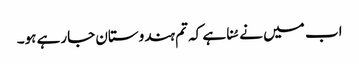
اب میں نے سُنا ہے کہ تم ہندوستان جارہے ہو۔